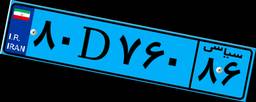
۳۳D۹۱۰۹۰